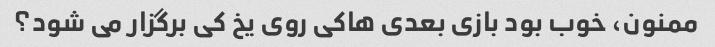
ممنون، خوب بود بازی بعدی هاکی روی یخ کی برگزار می شود؟